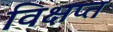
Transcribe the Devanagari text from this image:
विक्षप्त